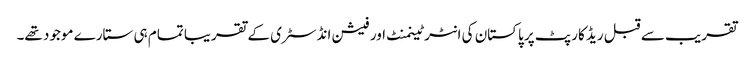
تقریب سے قبل ریڈ کارپٹ پر پاکستان کی انٹرٹینمنٹ اور فیشن انڈسٹری کے تقریبا تمام ہی ستارے موجود تھے۔